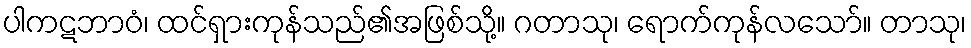
ပါကဋဘာဝံ၊ ထင်ရှားကုန်သည်၏အဖြစ်သို့။ ဂတာသု၊ ရောက်ကုန်လသော်။ တာသု၊